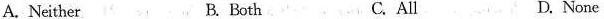
A.Neither B.Both C. All D. None